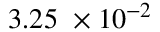
3 . 2 5 \ \times 1 0 ^ { - 2 }